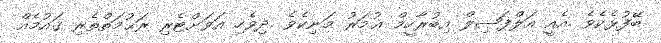
ބޭފުޅެކެވެ .އެއީ އަލްފަޞިލް އިބުރާހީމް ޢުމަރު މަނިކެވެ .ދިވެހި އަވަށްޓެރި ރަޙުމަތްތެރި ޤައުމެއް